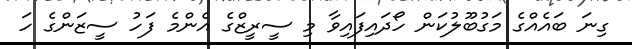
ގިނަ ބައެއްގެ މަގުބޫލުކަން ހޯދައިފައިވާ މި ސީރީޒްގެ އެންމެ ފަހު ސީޒަންގެ ހަ